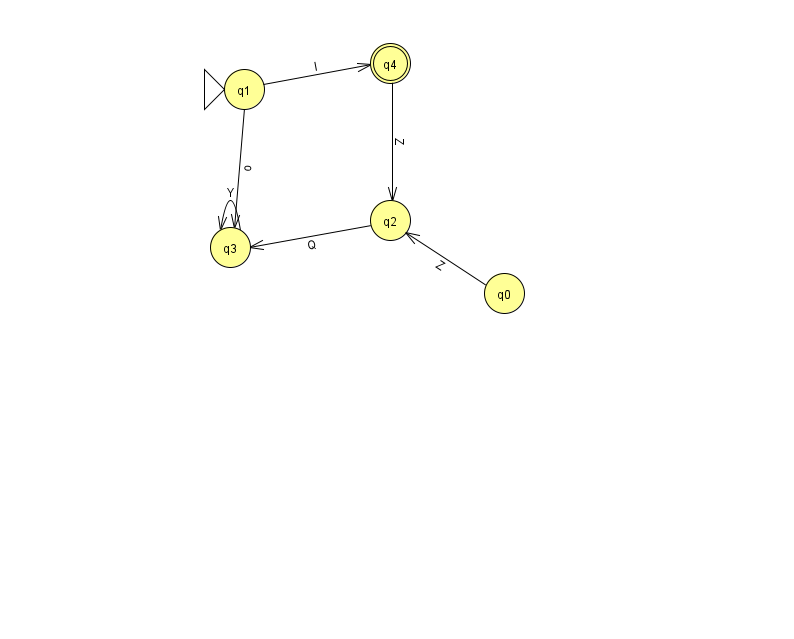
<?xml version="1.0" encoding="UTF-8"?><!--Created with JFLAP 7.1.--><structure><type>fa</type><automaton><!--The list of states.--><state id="0" name="q0"><x>504.0</x><y>280.0</y></state><state id="1" name="q1"><x>244.0</x><y>76.0</y><initial/></state><state id="2" name="q2"><x>390.0</x><y>207.0</y></state><state id="3" name="q3"><x>230.0</x><y>234.0</y></state><state id="4" name="q4"><x>390.0</x><y>50.0</y><final/></state><!--The list of transitions.--><transition><from>1</from><to>4</to><read>I</read></transition><transition><from>0</from><to>2</to><read>Z</read></transition><transition><from>4</from><to>2</to><read>Z</read></transition><transition><from>1</from><to>3</to><read>o</read></transition><transition><from>3</from><to>3</to><read>Y</read></transition><transition><from>2</from><to>3</to><read>Q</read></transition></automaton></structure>